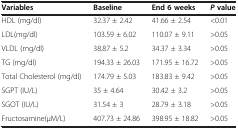
<table><thead><tr><td><b>Variables</b></td><td><b>Baseline</b></td><td><b>End 6 weeks</b></td><td><b><i>P</i>value</b></td></tr></thead><tbody><tr><td>HDL (mg/dl)</td><td>32.37 ± 2.42</td><td>41.66 ± 2.54</td><td>&lt;0.01</td></tr><tr><td>LDL(mg/dl)</td><td>103.59 ± 6.02</td><td>110.07 ± 9.11</td><td>&gt;0.05</td></tr><tr><td>VLDL (mg/dl)</td><td>38.87 ± 5.2</td><td>34.37 ± 3.34</td><td>&gt;0.05</td></tr><tr><td>TG (mg/dl)</td><td>194.33 ± 26.03</td><td>171.95 ± 16.72</td><td>&gt;0.05</td></tr><tr><td>Total Cholesterol (mg/dl)</td><td>174.79 ± 5.03</td><td>183.83 ± 9.42</td><td>&gt;0.05</td></tr><tr><td>SGPT (IU/L)</td><td>35 ± 4.64</td><td>30.42 ± 3.2</td><td>&gt;0.05</td></tr><tr><td>SGOT (IU/L)</td><td>31.54 ± 3</td><td>28.79 ± 3.18</td><td>&gt;0.05</td></tr><tr><td>Fructosamine(μM/L)</td><td>407.73 ± 24.86</td><td>398.95 ± 18.82</td><td>&gt;0.05</td></tr></tbody></table>